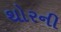
થોરની